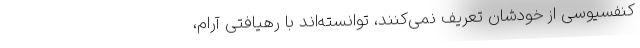
کنفسیوسی از خودشان تعریف نمی­‌کنند، توانسته­‌اند با رهیافتی آرام،